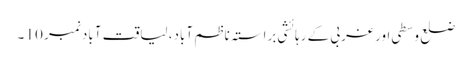
ضلع وسطی اور غربی کے رہائشی براستہ ناظم آباد، لیاقت آباد نمبر 10 ۔